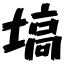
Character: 塙